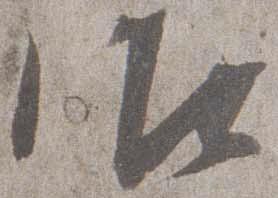
御